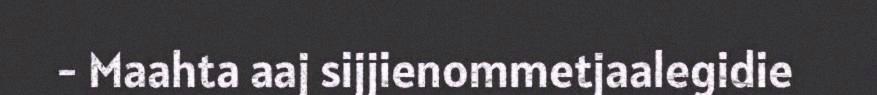
- Maahta aaj sijjienommetjaalegidie